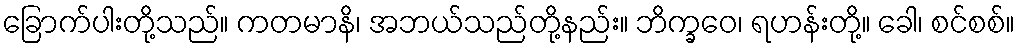
ခြောက်ပါးတို့သည်။ ကတမာနိ၊ အဘယ်သည်တို့နည်း။ ဘိက္ခဝေ၊ ရဟန်းတို့။ ခေါ၊ စင်စစ်။